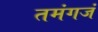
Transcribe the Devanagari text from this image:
तमंगजं